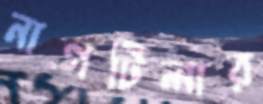
নাগটিলার